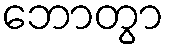
ဘောတွာ